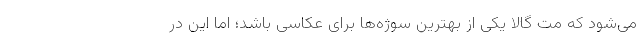
می‌شود که مت گالا یکی از بهترین سوژه‌ها برای عکاسی باشد؛ اما این در